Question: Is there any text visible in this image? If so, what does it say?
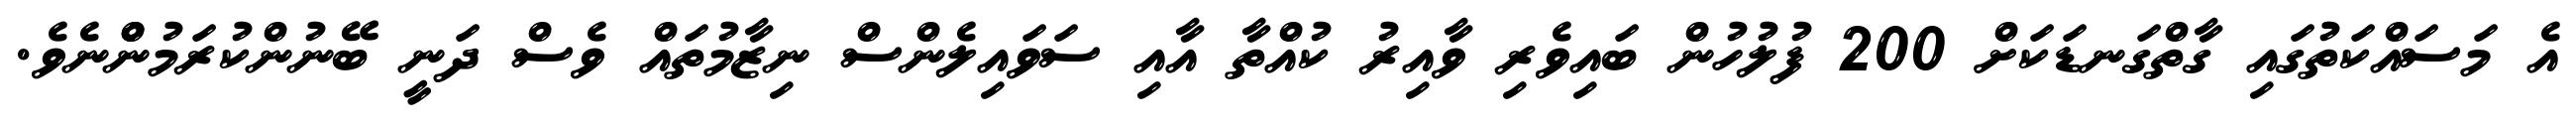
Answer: އެ މަސައްކަތުގައި ގާތްގަނޑަކަށް 200 ފުލުހުން ބައިވެރި ވާއިރު ކުއްތާ އާއި ސަވައިލެންސް ނިޒާމުތައް ވެސް ދަނީ ބޭނުންކުރަމުންްނެވެ.